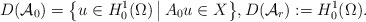
\begin{align*} D(\mathcal{A}_{0}) = \big\{u \in H^{1}_{0}(\Omega) \,\big|\, A_{0} u \in X\big\}, D(\mathcal{A}_{r}) := H^{1}_{0}(\Omega). \end{align*}